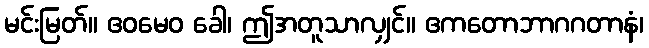
မင်းမြတ်။ ဧဝမေဝ ခေါ၊ ဤအတူသာလျှင်။ ဧကတောဘာဂဂတာနံ၊